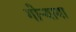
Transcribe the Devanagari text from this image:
गोऱ्याया